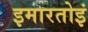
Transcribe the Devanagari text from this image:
इमारतोइं